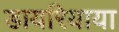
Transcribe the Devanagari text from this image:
डायरियाया